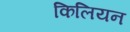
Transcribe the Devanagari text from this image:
किलियन